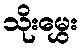
သိုးမွှေး